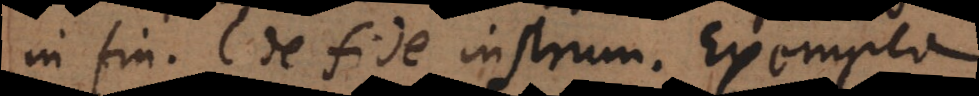
in fin. C. de fide instrum. Exempla